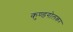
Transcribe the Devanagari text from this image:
कुण्डगोलकर